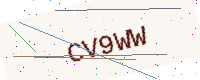
Text: CV9WW